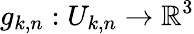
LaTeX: g_{k,n}:U_{k,n}\to\mathbb{R}^{3}